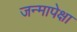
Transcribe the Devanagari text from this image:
जन्मापेक्षा